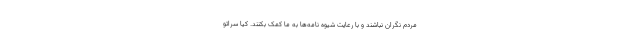
مردم نگران نباشند و با رعایت شیوه نامه‌ها به ما کمک بکنند. کیا سراتو